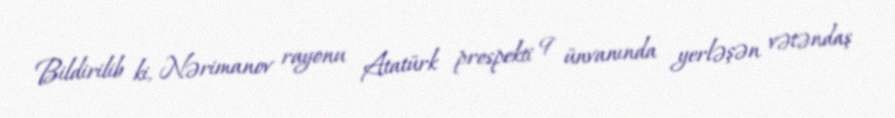
Bildirilib ki, Nərimanov rayonu Atatürk prospekti 9 ünvanında yerləşən vətəndaş